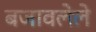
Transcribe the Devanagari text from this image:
बजावलेले